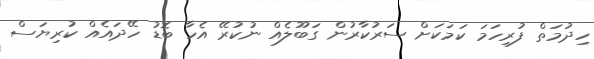
ހިދުމަތް ފުރިހަމަ ކަމަކަށް ސަރުކާރުން ގަބޫލެއް ނުކުރޭ އެހާ ބޮޑު ހޭދައެއް ކުރިޔަސް